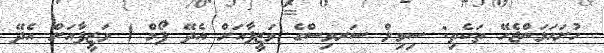
ހުށަހަޅަންޖެހޭ ތަކެތި: ސިވިލް ސަރވިސްގެ ވަޒީފާއަށް އެދޭ ފޯމް ) ވަޒީފާއަށް އެދޭ